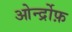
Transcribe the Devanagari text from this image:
ओर्न्द्रोफ़